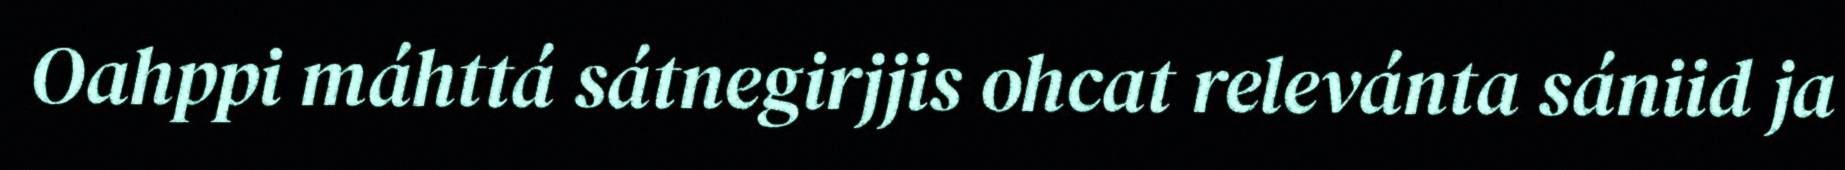
Oahppi máhttá sátnegirjjis ohcat relevánta sániid ja